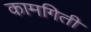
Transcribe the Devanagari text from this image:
कामगिती